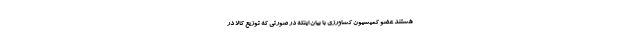
هستند عضو کمیسیون کشاورزی با بیان اینکه در صورتی که توزیع کالا در